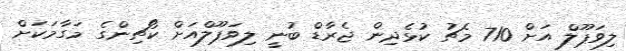
ލިވަޕޫލް އަށް 710 މެޗު ކުޅެދިން ޖެރާޑް ބުނީ ލިވަޕޫލްއަށް ކޯޗިންގެ މަގާމަކަށް